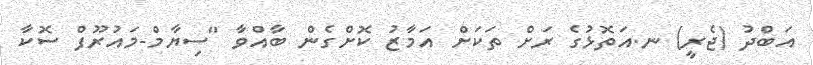
އަބްދު (ޖެރީ) ނ.އަތޮޅުގެ ރަށް ތަކަށް އަމާޒު ކޮށްގެން ބާއްވާ "ސިޔާމް-މައުރޫފް ސޮކާ